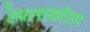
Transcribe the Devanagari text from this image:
टेबलावरील